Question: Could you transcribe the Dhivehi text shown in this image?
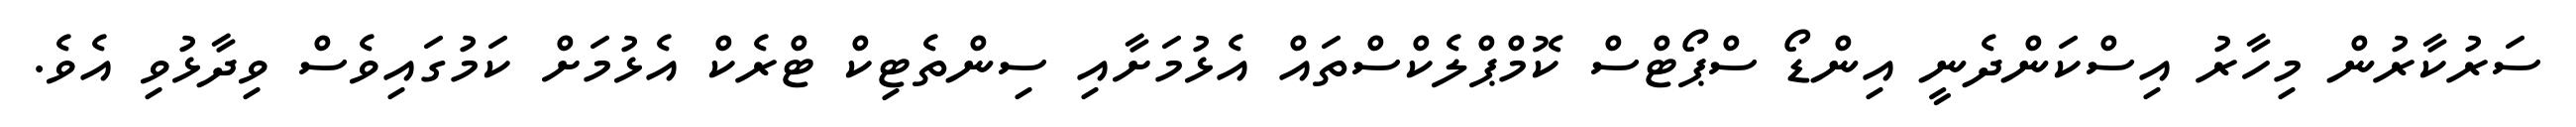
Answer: ސަރުކާރުން މިހާރު އިސްކަންދެނީ އިންޑޯ ސްޕޯޓްސް ކޮމްޕްލެކްސްތައް އެޅުމަށާއި ސިންތެޓިކް ޓްރެކް އެޅުމަށް ކަމުގައިވެސް ވިދާޅުވި އެވެ.